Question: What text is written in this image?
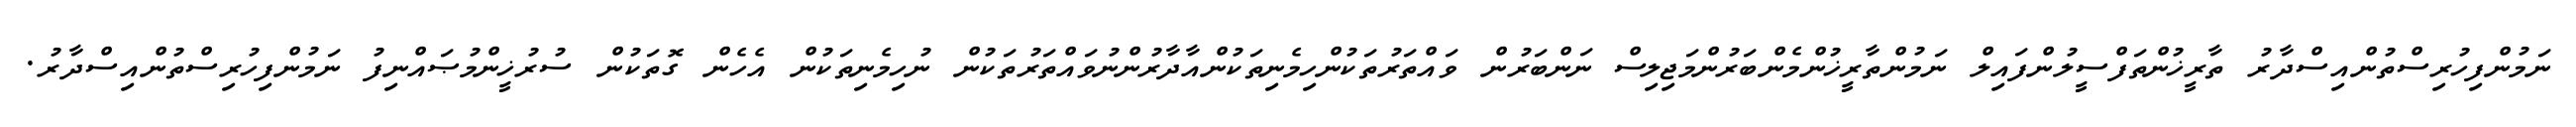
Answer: ނަމުންފިހުރިސްތުންއިސްދާރު ތާރީޚުންތަފްސީލުންފައިލް ނަމުންތާރީޚުންމެންބަރުންމަޖިލިސް ނަންބަރުން ވައްތަރުތަކުންހިމެނިތަކުންއާދާރުންނުވައްތަރުތަކުން ނުހިމެނިތަކުން އެހެން ގޮތަކުން ސުރުޚީންމުޞައްނިފު ނަމުންފިހުރިސްތުންއިސްދާރު.